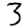
Digit: 3